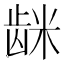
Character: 𮇦